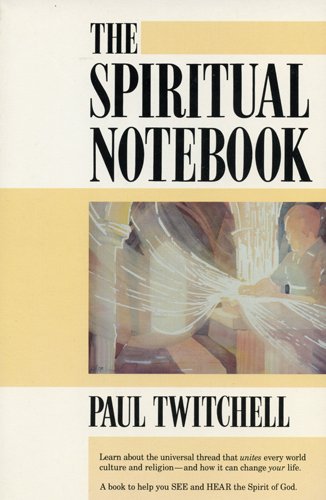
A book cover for The Spiritual Notebook; Paul Twitchell; Religion & Spirituality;